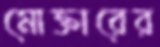
মোক্তারের